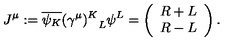
J ^ { \mu } : = \overline { { \psi _ { K } } } { ( \gamma ^ { \mu } ) ^ { K } } _ { L } \psi ^ { L } = \left( \begin{array} { c } { R + L } \\ { R - L } \\ \end{array} \right) .